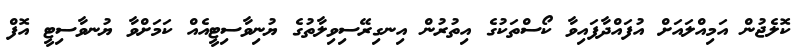
ކޮލެޖުން އަމިއްލައަށް އުފައްދާފައިވާ ކޯސްތަކުގެ އިތުރުން އިނގިރޭސިވިލާތުގެ ޔުނިވާސިޓީއެއް ކަމަށްވާ ޔުނވާސިޓީ އޮފް